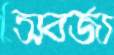
অবর্জ্য